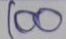
100